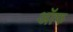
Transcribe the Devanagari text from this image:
अॉफ